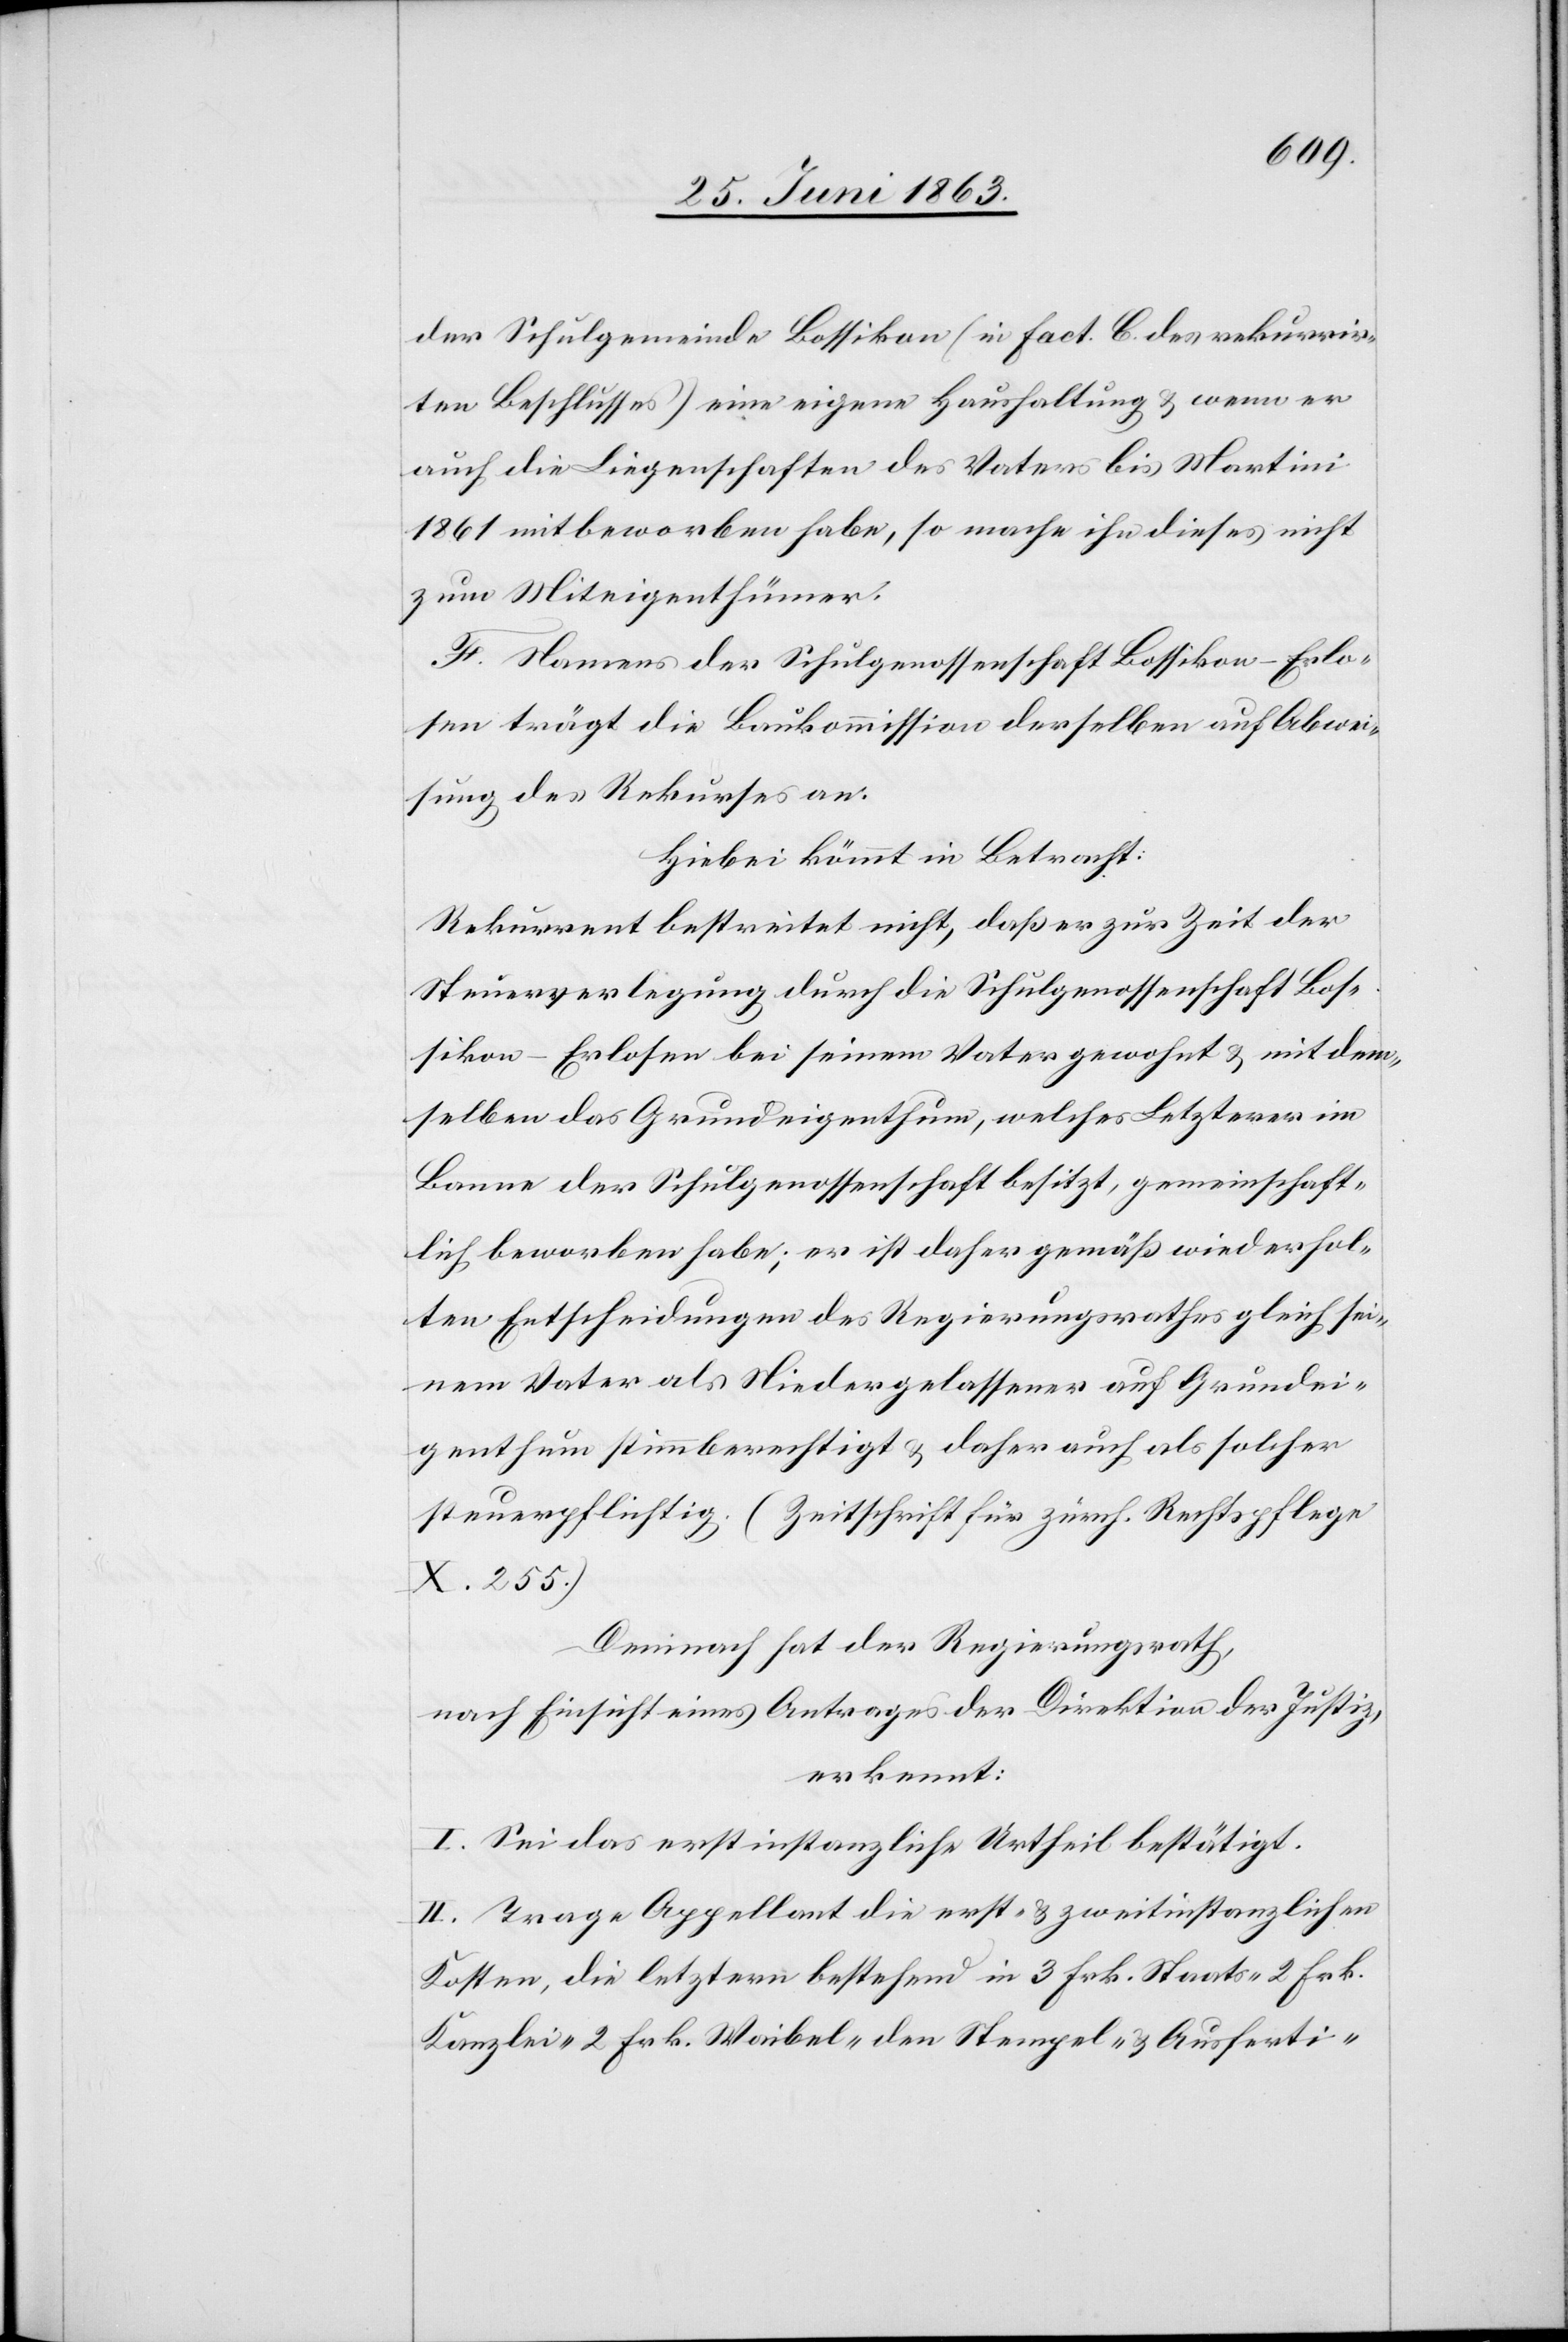
der Schulgemeinde Bossikon (in Fact. C. des rekurrir¬
ten Beschlusses) eine eigene Haushaltung & wenn er
auch die Liegenschaften des Vaters bis Martini
1861 mitbeworben habe, so mache ihn dieses nicht
zum Miteigenthümer.
F. Namens der Schulgenossenschaft Bossikon-Erlo¬
sen trägt die Baukommission derselben auf Abwei¬
sung des Rekurses an.
Hiebei kömmt in Betracht:
Rekurrent bestreitet nicht, daß er zur Zeit der
Steuerverlegung durch die Schulgenossenschaft Bos¬
sikon-Erlosen bei seinem Vater gewohnt & mit dem¬
selben das Grundeigenthum, welches Letzterer im
Banne der Schulgenossenschaft besitzt, gemeinschaft¬
lich beworben habe; er ist daher gemäß wiederhol¬
ten Entscheidungen des Regierungsrathes gleich sei¬
nem Vater als Niedergelassener auf Grundei¬
genthum stimmberechtigt & daher auch als solcher
steuerpflichtig. (Zeitschrift für zürch. Rechtspflege
X. 255.)
Demnach hat der Regierungsrath,
nach Einsicht eines Antrages der Direktion der Justiz,
erkennt:
I. Sei das erstinstanzliche Urtheil bestätigt.
II. Trage Appellant die erst- & zweitinstanzlichen
Kosten, die letztern bestehend in 3 Frk. Staats-[,] 2 Frk.
Kanzlei-[,] 2 Frk. Waibel-[,] den Stempel- & Ausferti-